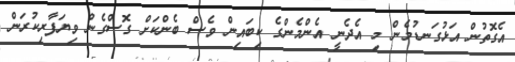
އެގޮތުން އަޅުގަނޑުމެން މި އެދެނީ އެންމެންގެ ކިބައިން ވެސް ބެންކަށް ގޮސްގެން ވިޔަފާރިކުރަން